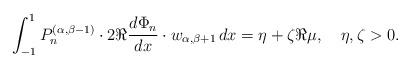
LaTeX: \begin{align*} \int_{-1}^1 P_n^{(\alpha,\beta-1)}\cdot2\Re\frac{d\Phi_n}{dx}\cdot w_{\alpha,\beta+1}\,dx = \eta+\zeta \Re \mu, \quad \eta,\zeta>0. \end{align*}